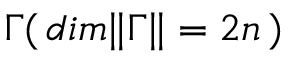
{ \Gamma } ( \, d i m \Vert \Gamma \Vert = 2 n \, )